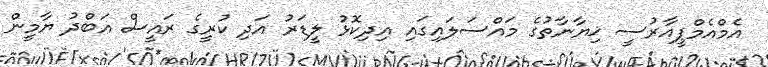
އެމްއެމްޕީއާރުސީ ޚިޔާނާތުގެ މައްސަލައިގައި އިދިކޮޅު ލީޑަރު އަދި ކުރީގެ ރައީސް އަބްދު ޔާމީން